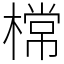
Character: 𣙟